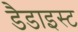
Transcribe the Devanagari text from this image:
डैडाइस्ट